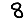
Digit: 8